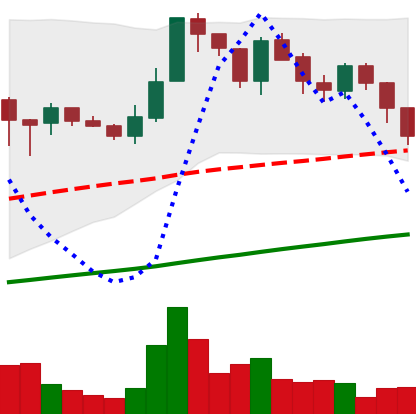
Ticker: LTC-USD
Chart end date: 2017-07-15
Forward return: 15.651%
Label: up_7plus